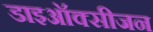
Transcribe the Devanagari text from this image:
डाइऑक्सीजन